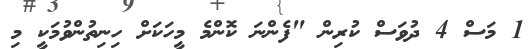
1 މަސް 4 ދުވަސް ކުރިން "ފެންނަ ކޮންމެ މީހަކަށް ހިނިތުންވުމަކީ މި